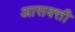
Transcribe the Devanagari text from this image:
आसक्‍ती